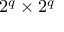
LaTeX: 2 ^ { q } \times 2 ^ { q }